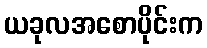
ယခုလအစောပိုင်းက